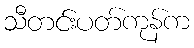
သီတင်းပတ်ကုန်က